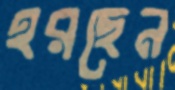
হরছেন